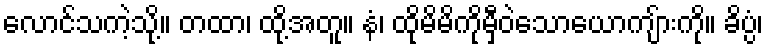
လောင်သကဲ့သို့။ တထာ၊ ထို့အတူ။ နံ၊ ထိုမိမိကိုမှီဝဲသောယောကျ်ားကို။ ခိပ္ပံ၊